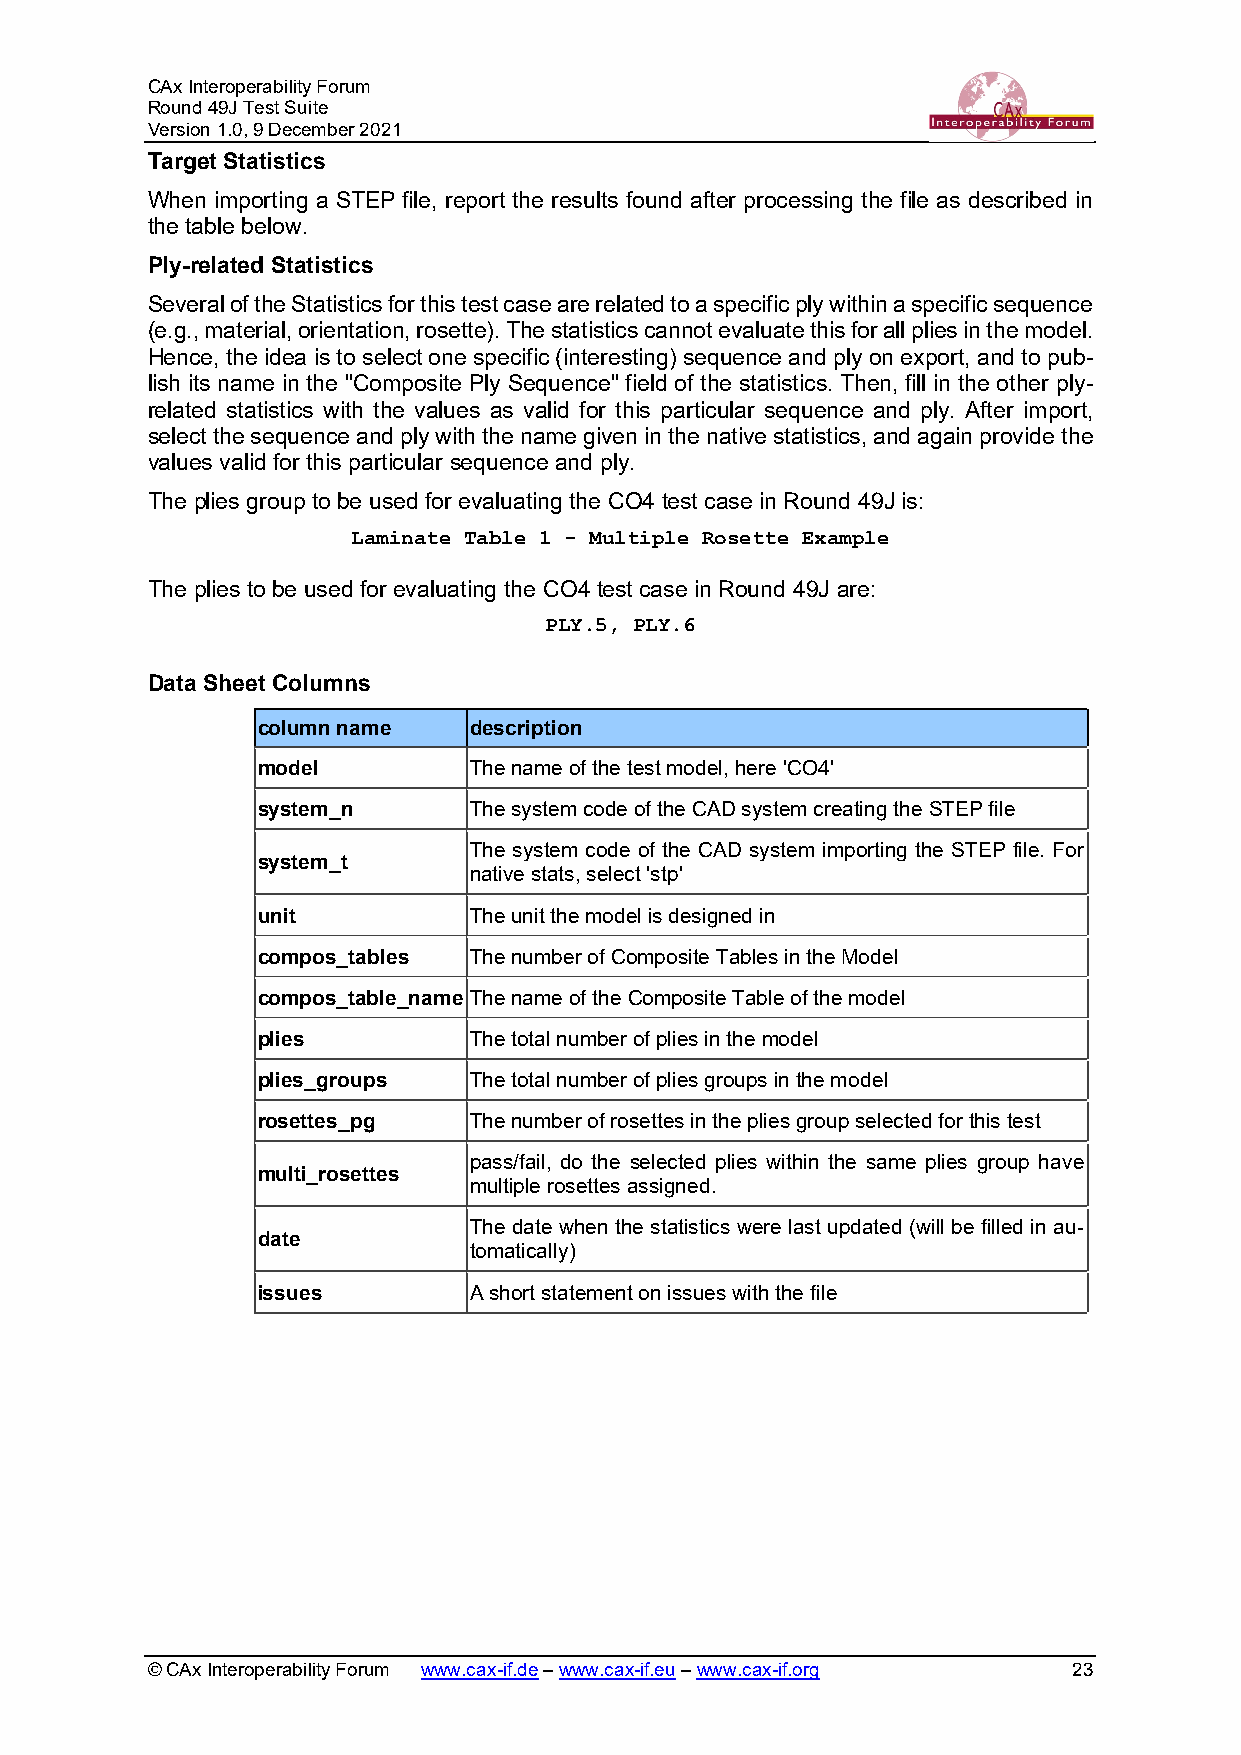
CAx Interoperability Forum
 Round 49J Test Suite
 Version 1.0, 9 December 2021
 Target Statistics
 When importing a STEP file, report the results found after processing the file as described in
 the table below.
 Ply-related Statistics
 Several of the Statistics for this test case are related to a specific ply within a specific sequence
 (e.g., material, orientation, rosette). The statistics cannot evaluate this for all plies in the model.
 Hence, the idea is to select one specific (interesting) sequence and ply on export, and to pub-
 lish its name in the "Composite Ply Sequence" field of the statistics. Then, fill in the other ply-
 related statistics with the values as valid for this particular sequence and ply. After import,
 select the sequence and ply with the name given in the native statistics, and again provide the
 values valid for this particular sequence and ply.
 The plies group to be used for evaluating the CO4 test case in Round 49J is:
 Laminate Table 1 - Multiple Rosette Example
 The plies to be used for evaluating the CO4 test case in Round 49J are:
 PLY.5, PLY.6
 Data Sheet Columns
 column name   description
 model         The name of the test model, here 'CO4'
 system_n      The system code of the CAD system creating the STEP file
 The system code of the CAD system importing the STEP file. For
 system_t
 native stats, select 'stp'
 unit          The unit the model is designed in
 compos_tables The number of Composite Tables in the Model
 compos_table_name The name of the Composite Table of the model
 plies         The total number of plies in the model
 plies_groups  The total number of plies groups in the model
 rosettes_pg   The number of rosettes in the plies group selected for this test
 pass/fail, do the selected plies within the same plies group have
 multi_rosettes
 multiple rosettes assigned.
 The date when the statistics were last updated (will be filled in au-
 date
 tomatically)
 issues        A short statement on issues with the file
 © CAx Interoperability Forum www.cax-if.de – www.cax-if.eu – www.cax-if.org 23